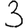
Digit: 3